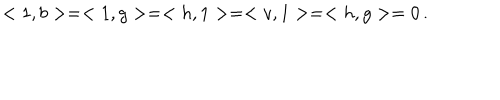
< 1 , b > = < 1 , g > = < h , 1 > = < v , 1 > = < h , g > = 0 \, .